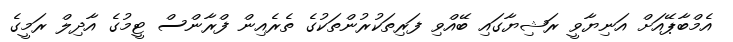
އެމްބާޕޭއަށް އަނިޔާވީ ރަޝިޔާގައި ބޭއްވި ފަރިތަކުރުންތަކުގެ ތެރެއިން ފްރާންސް ޓީމުގެ އާދިލް ރަމީގެ